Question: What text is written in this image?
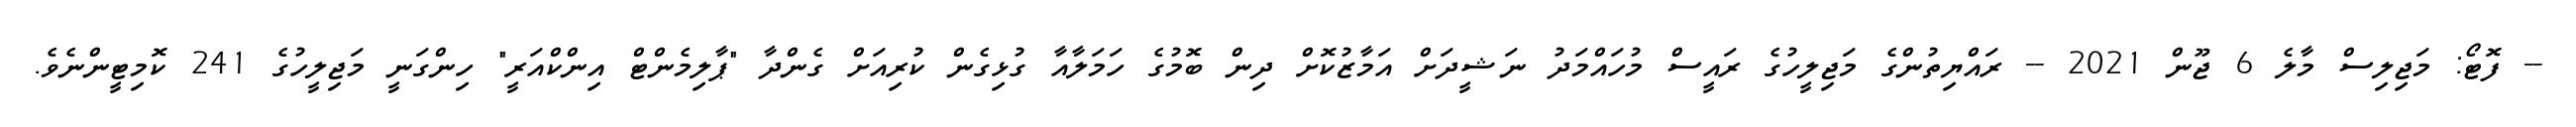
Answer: -- ފޮޓޯ: މަޖިލިސް މާލެ 6 ޖޫން 2021 -- ރައްޔިތުންގެ މަޖިލީހުގެ ރައީސް މުހައްމަދު ނަޝީދަށް އަމާޒުކޮށް ދިން ބޮމުގެ ހަމަލާއާ ގުޅިގެން ކުރިއަށް ގެންދާ "ޕާލިމެންޓް އިންކްއަރީ" ހިންގަނީ މަޖިލީހުގެ 241 ކޮމިޓީންނެވެ.